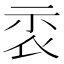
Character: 𥘖